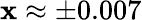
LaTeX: \mathbf{x}\approx\pm0.007